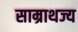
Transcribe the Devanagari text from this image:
साम्राथज्य